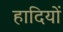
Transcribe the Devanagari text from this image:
हादियों